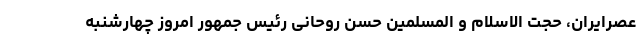
عصرایران، حجت الاسلام و المسلمین حسن روحانی رئیس جمهور امروز چهارشنبه